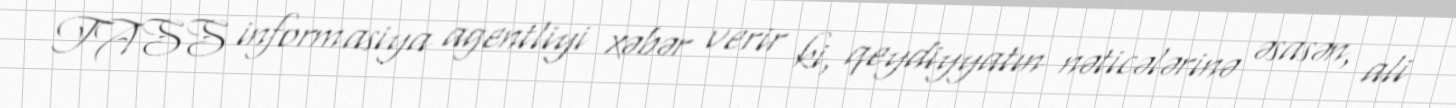
TASS informasiya agentliyi xəbər verir ki, qeydiyyatın nəticələrinə əsasən, ali